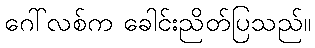
ဂေါ်လစ်က ခေါင်းညိတ်ပြသည်။